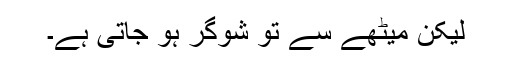
لیکن میٹھے سے تو شوگر ہو جاتی ہے۔